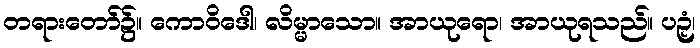
တရားတော်၌။ ကောဝိဒေါ၊ လိမ္မာသော။ အာယုရော၊ အာယုရသည်။ ပဉှံ၊